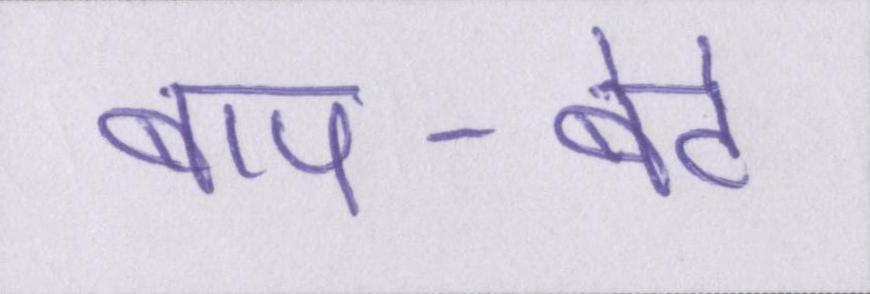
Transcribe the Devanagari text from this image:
बाप-बेटे